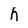
Character: h